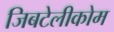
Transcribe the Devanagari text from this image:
जिबटेलीकोम